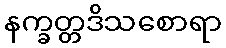
နက္ခတ္တဒိသစောရာ